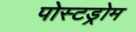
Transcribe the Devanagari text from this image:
पोस्टड्रोम